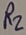
Text: R2